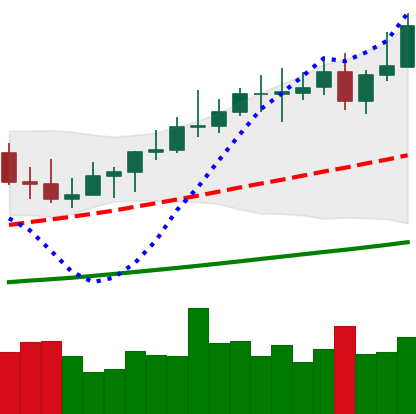
Ticker: XMR-USD
Chart end date: 2021-04-10
Forward return: 17.544%
Label: up_7plus